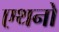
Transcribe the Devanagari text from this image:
एथनो